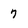
Character: 7